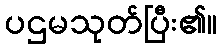
ပဌမသုတ်ပြီး၏။